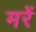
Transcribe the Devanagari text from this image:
मरें